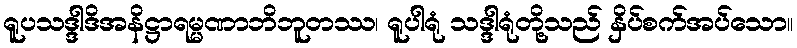
ရူပသဒ္ဒါဒိအနိဋ္ဌာရမ္မဏာဘိဘူတဿ၊ ရူပါရုံ သဒ္ဒါရုံတို့သည် နှိပ်စက်အပ်သော။